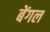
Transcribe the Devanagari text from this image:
बेंगल